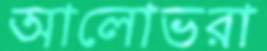
আলোভরা